Report on inoculation in the plague infected areas of the Punjab and its dependencies from October 1900 to September 1901
Year: 1900
Disease focus: Plague
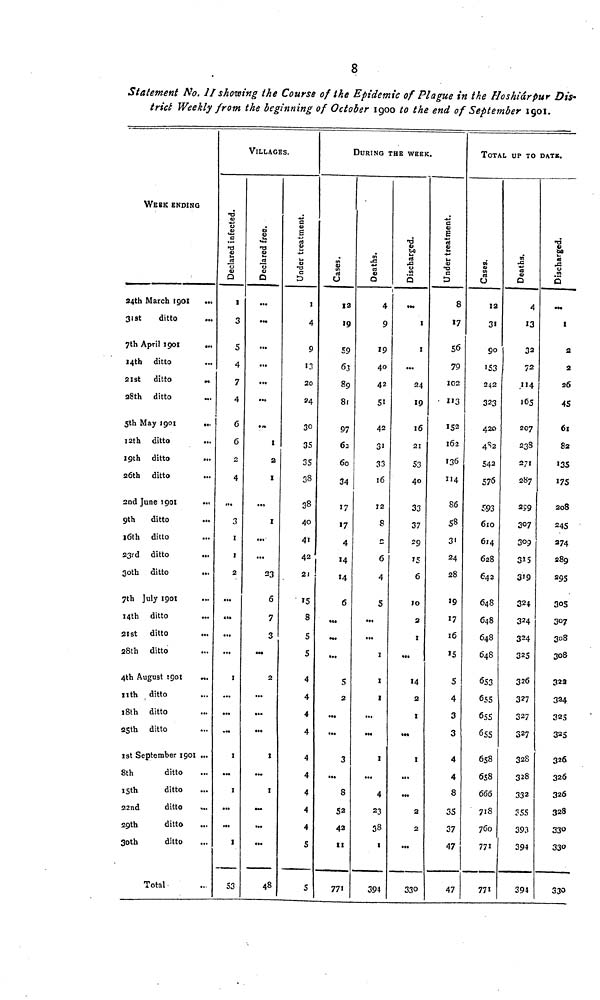
8
Statement No. 11 showing the Course of the Epidemic of Plague in the Hoshiárpur Dis-
trict Weekly from the beginning of October 1900 to the end of September 1901.
WEEK ENDING
24th March 1901 ...
31st
ditto
7th April 1901
...
14th
ditto
21st
ditto
28th ditto
5th May 1901
...
12th
ditto
19th ditto
26th ditto
2nd June 1901
...
9th
ditto
16th ditto
23rd ditto
...
30th ditto
7th July 1901
14th
ditto
21st ditto
...
28th ditto
4th August 1901
..
nth ditto
18th ditto
25th ditto
1st September 1901 ...
8th
ditto
15th
ditto
22nd
ditto
...
29th
ditto
30th
ditto
Total
VILLAGES.
Declared infected
1
3
5
4
7
4
6
6
2
4
,..
3
1
1
2
...
...
...
...
I
...
...
....
I
...
I
...
...
I
S3
Declared free.
...
***
...
...
...
...
***
I
2
I
***
I
...
...
23
6
7
3
2
...
...
...
I
...
I
...
48
I
4
9
13
20
34
30
35
3S
38
38
40
41
42
21
15
8
5
5
4
4
4
4
4
4
4
4
4
5
5
DURING THE WEEK.
Cases.
12
19
59
63
89
8.
97
62
60
34
17
17
4
14
14
6
...
5
2
...
...
3
...
8
52
42
771
4
9
19
40
42
51
42
31
33
16
12
8
2
6
4
5
...
...
1
1
1
...
...
1
...
4
23
38
1
394
Discharged
...
I
I
...
24
19
16
21
53
40
33
37
29
15
6
10
2
I
2
I
I
...
...
2
2
...
330
Under treatment.
8
17
56
79
102
113
152
162
136
114
86
58
31
24
28
»9
17
16
15
5
4
3
3
4
4
8
35
37
47
47
TOTAL UP TO DATe.
12
31
90
153
242
323
420
542
576
610
614
628
642
648
648
648
648
653
655
655
655
658
658
666
718
760
771
771
Deaths.
4
13
32
72
165
207
238
271
287
307
309
315
319
324
324
324
325
326
327
327
327
328
328
332
393
394
394
Discharged
I
a
2
26
45
61
82
135
175
208
245
274
289
295
305
307
308
308
322
324
325
325
326
326
326
328
330
330
330